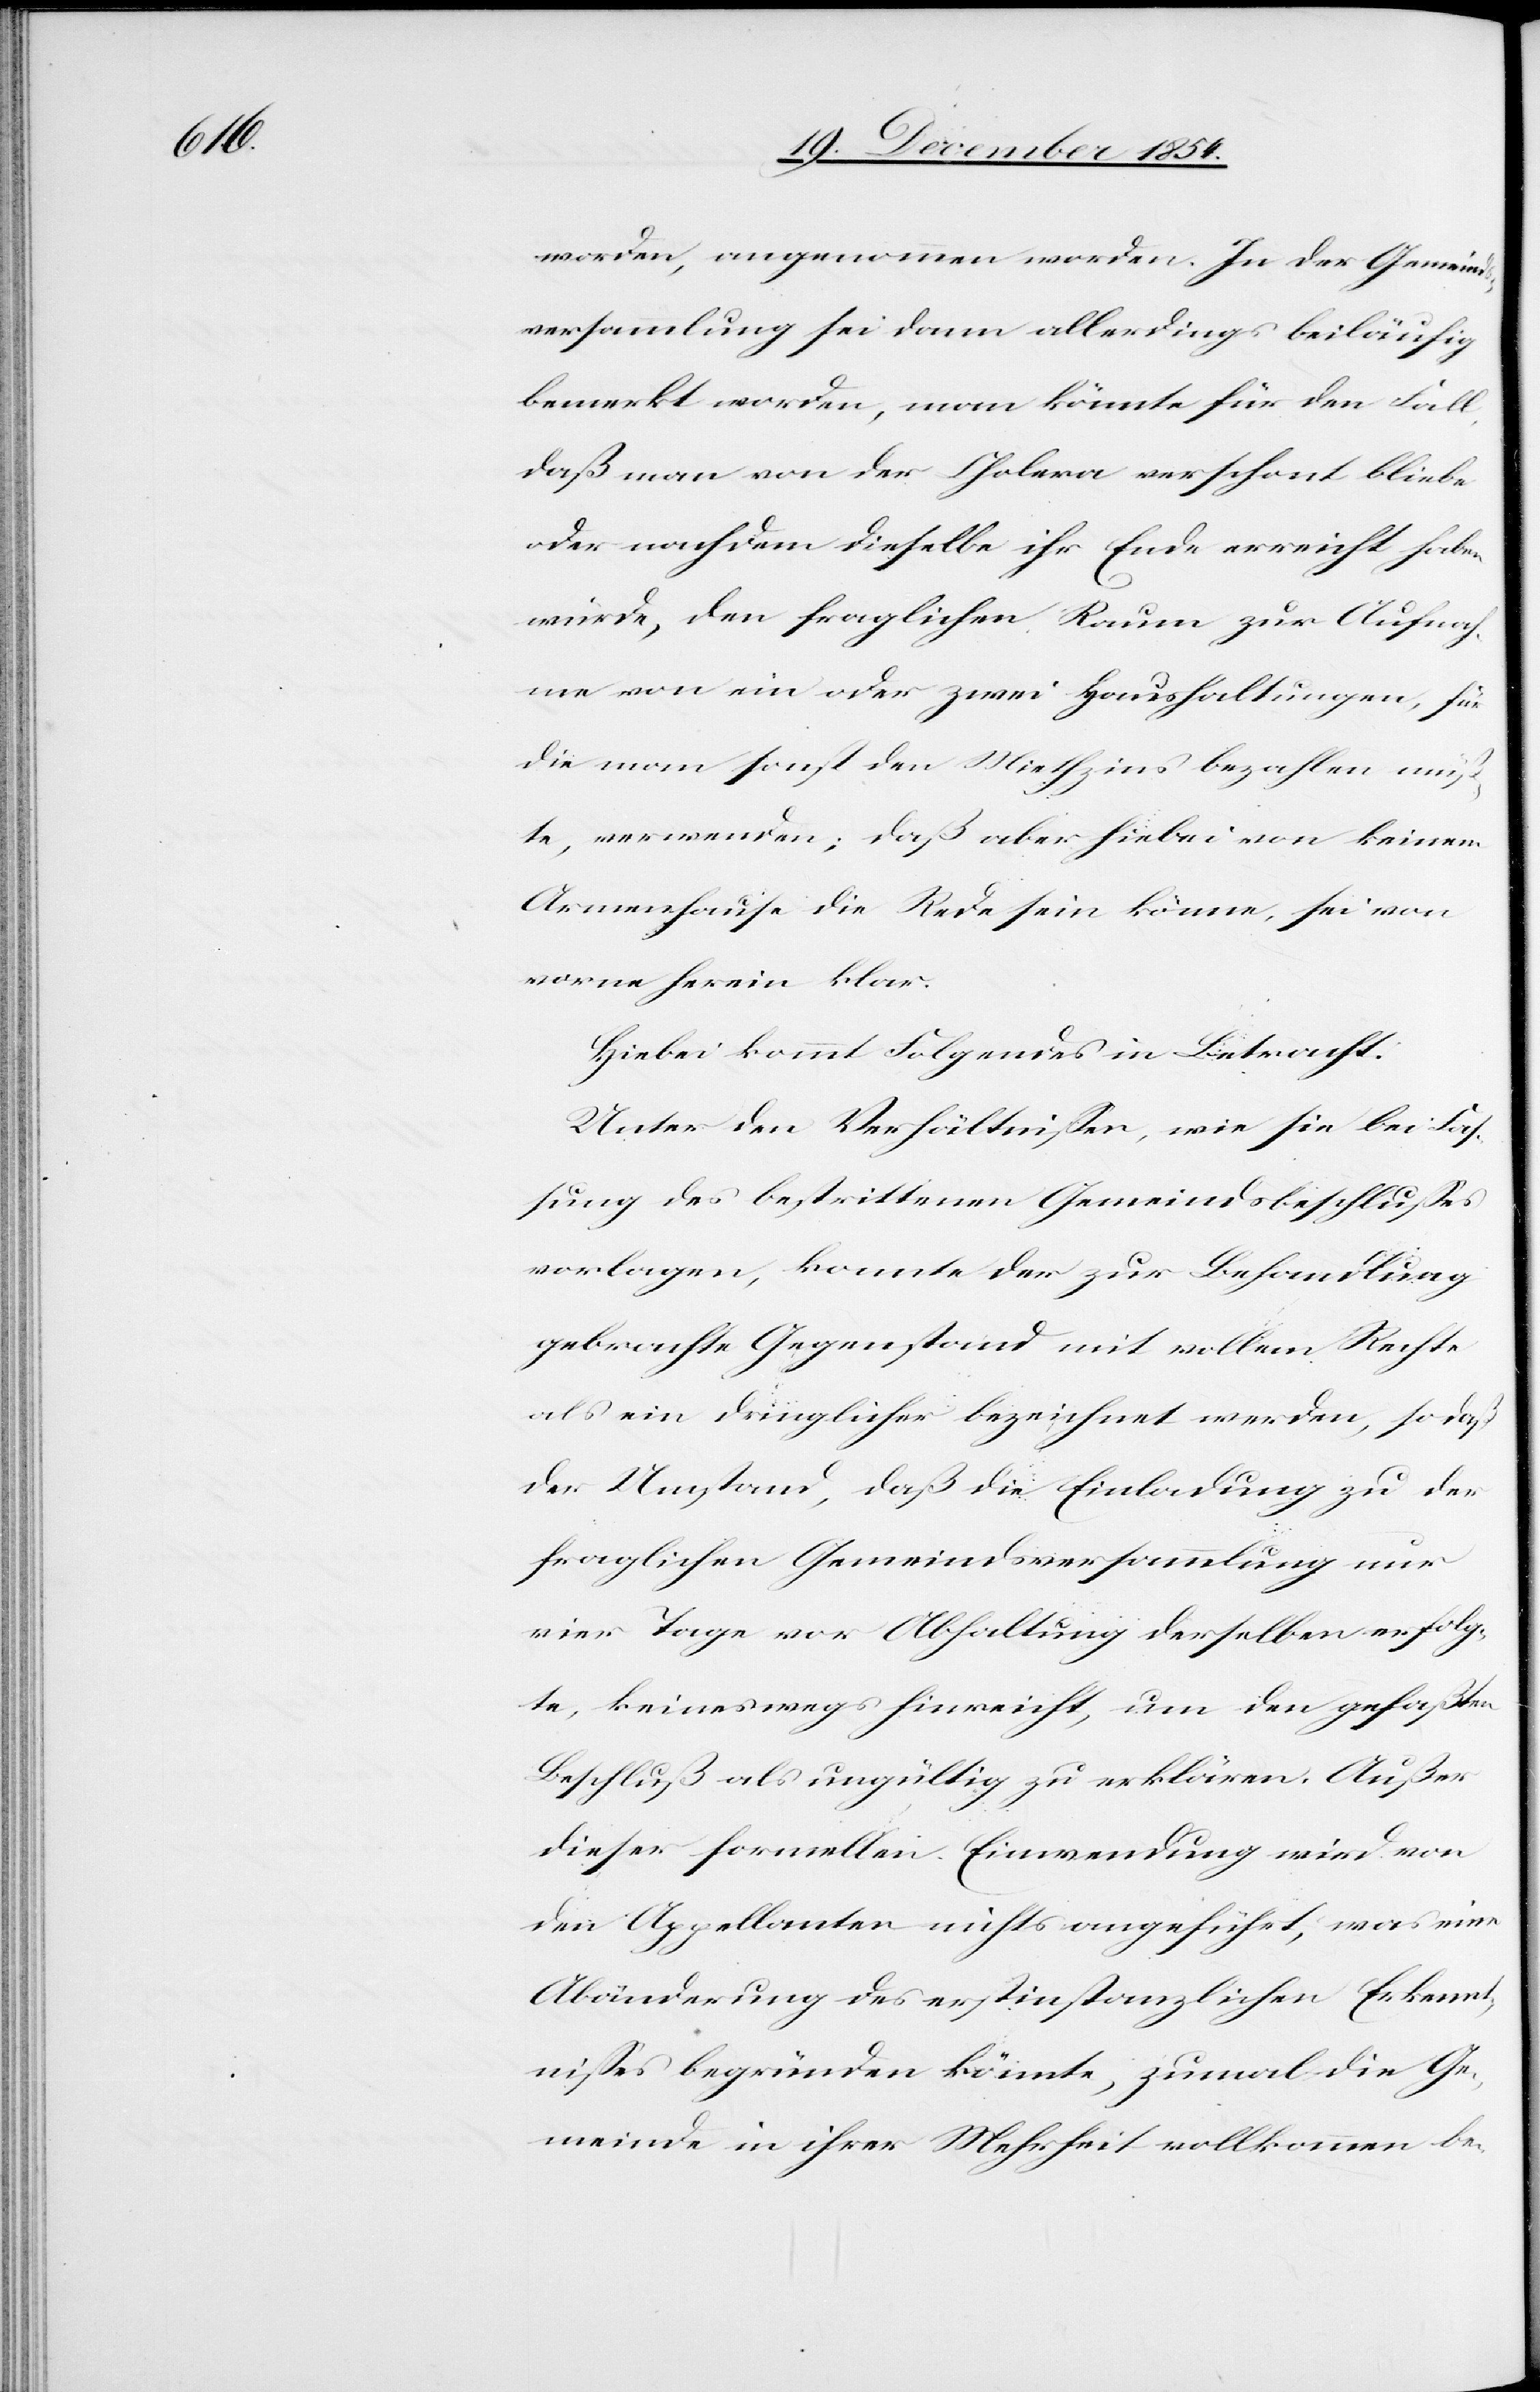
worden, angenommen worden. In der Gemeind¬
sversammlung sei dann allerdings beiläufig
bemerkt worden, man könnte für den Fall,
daß man von der Cholera verschont bliebe
oder nachdem dieselbe ihr Ende erreicht haben
würde, den fraglichen Raum zur Aufnah¬
me von ein oder zwei Haushaltungen, für
die man sonst den Miethzins bezahlen müß¬
te, verwenden; daß aber hiebei von keinem
Armenhause die Rede sein könne, sei von
vorne herein klar.
Hiebei kommt Folgendes in Betracht:
Unter den Verhältnißen, wie sie bei Faß¬
ung des bestrittenen Gemeindsbeschlußes
vorlagen, konnte der zur Behandlung
gebrachte Gegenstand mit vollem Rechte
als ein dringlicher bezeichnet werden, so daß
der Umstand, daß die Einladung zur der
fraglichen Gemeindsversammlung nur
vier Tage vor Abhaltung derselben erfolg¬
te, keineswegs hinreicht, um den gefaßten
Beschluß als ungültig zu erklären. Außer
dieser formellen Einwendung wird von
den Appellanten nichts angeführt, was eine
Abänderung des erstinstanzlichen Erkennt¬
nißes begründen könnte, zumal die Ge¬
meinde in ihrer Mehrheit vollkommen be-